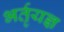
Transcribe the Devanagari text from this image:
भर्तृयज्ञ